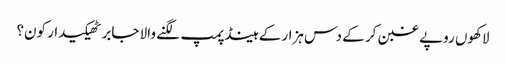
لاکھوں روپے غبن کر کے دس ہزار کے ہینڈ پمپ لگنے والا جابر ٹھیکیدار کون؟